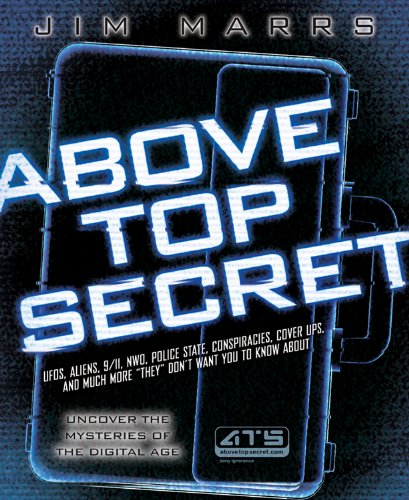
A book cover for Above Top Secret: Uncover the Mysteries of the Digital Age; Jim Marrs; Humor & Entertainment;